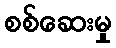
စစ်ဆေးမှု